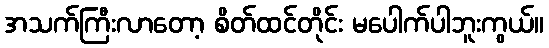
အသက်ကြီးလာတော့ စိတ်ထင်တိုင်း မပေါက်ပါဘူးကွယ်။